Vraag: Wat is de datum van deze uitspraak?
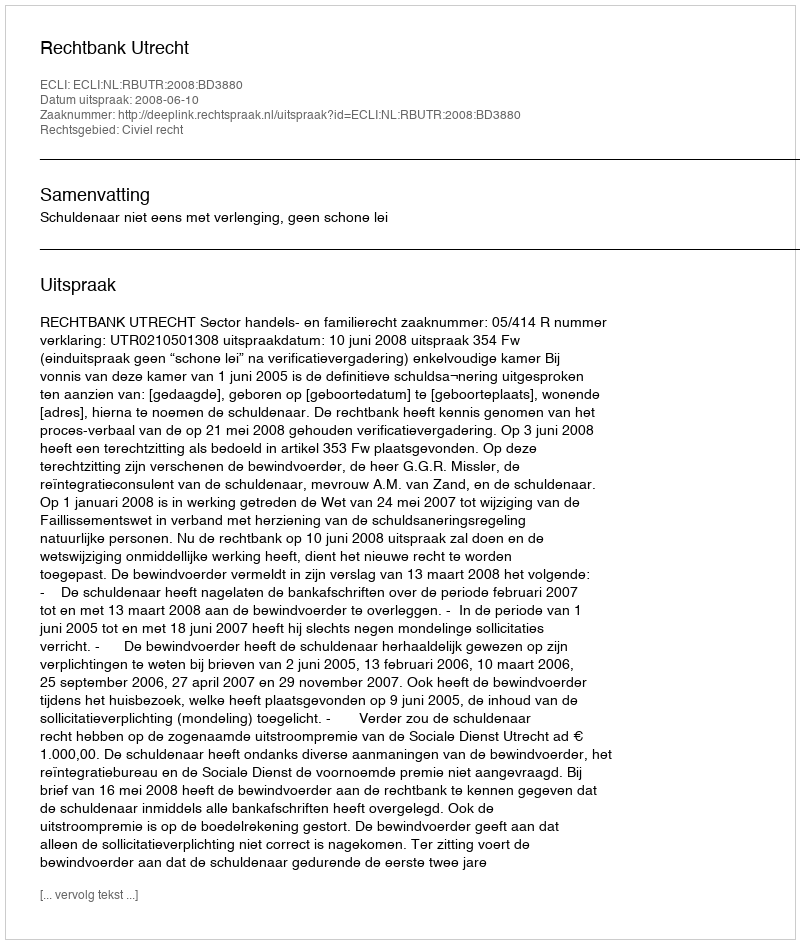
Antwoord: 2008-06-10